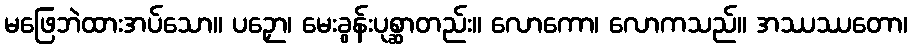
မဖြေဘဲထားအပ်သော။ ပဉှော၊ မေးခွန်းပုစ္ဆာတည်း။ လောကော၊ လောကသည်။ အဿဿတော၊